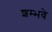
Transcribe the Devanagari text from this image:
शम्भवे